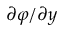
\partial \varphi / \partial y